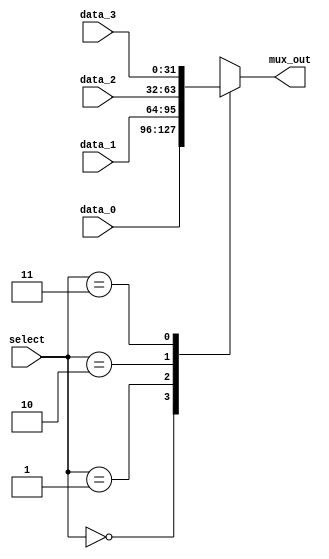
module mux4( mux_out, data_0, data_1, data_2, data_3, select);

	parameter dw = 32;
	
	input [dw-1:0] data_3, data_2, data_1, data_0;
	input [1:0] select;
	output reg [dw-1:0] mux_out;
	
	 // choose between the four inputs
	always @ ( data_3 or data_2 or data_1 or data_0 or select)
	case (select)//  (* synthesis parallel_case *)
		2'd0:		mux_out = data_0;
		2'd1:		mux_out = data_1;
		2'd2:		mux_out = data_2;
		2'd3:		mux_out = data_3;
		default:	mux_out = {dw{1'bx}};
    endcase
endmodule